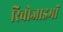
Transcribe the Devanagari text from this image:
रिबोजाइमों